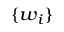
\scriptstyle \{ w _ { i } \}